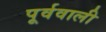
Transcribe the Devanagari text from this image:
पूर्ववाली